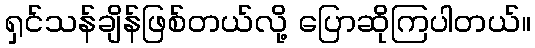
ရှင်သန်ချိန်ဖြစ်တယ်လို့ ပြောဆိုကြပါတယ်။